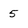
Character: 5